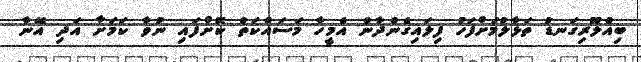
ބިއްލޫރިގަނޑު ތަޅާލުމަށްފަހު ފިލައިގެންދާން އެމީހާ މަސައްކަތް ކޮށްފައި ނުވާ ކަމަށާ އަދި އޭނާ